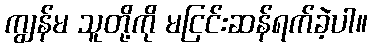
ကျွန်မ သူတို့ကို မငြင်းဆန်ရက်ခဲ့ပါ။